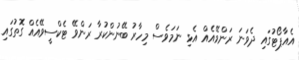
އެއާޕޯޓުގައި ދެވަނަ ރަންވޭއެއް އެޅި ނަމަވެސް މިހާރު ބޭނުންކުރާ ރަންވޭ ޓެކްސީވޭއެއް ގޮތުގައި